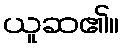
ယူဆ၏။